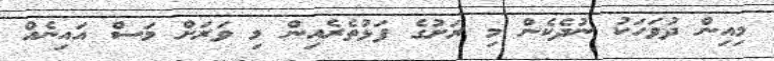
މިއިން ދުވަހަކު ނުދެކެން މި ރަށުގެ ފަޅުތެރެއިން މި ވަރަށް މަސް އައިނެއް